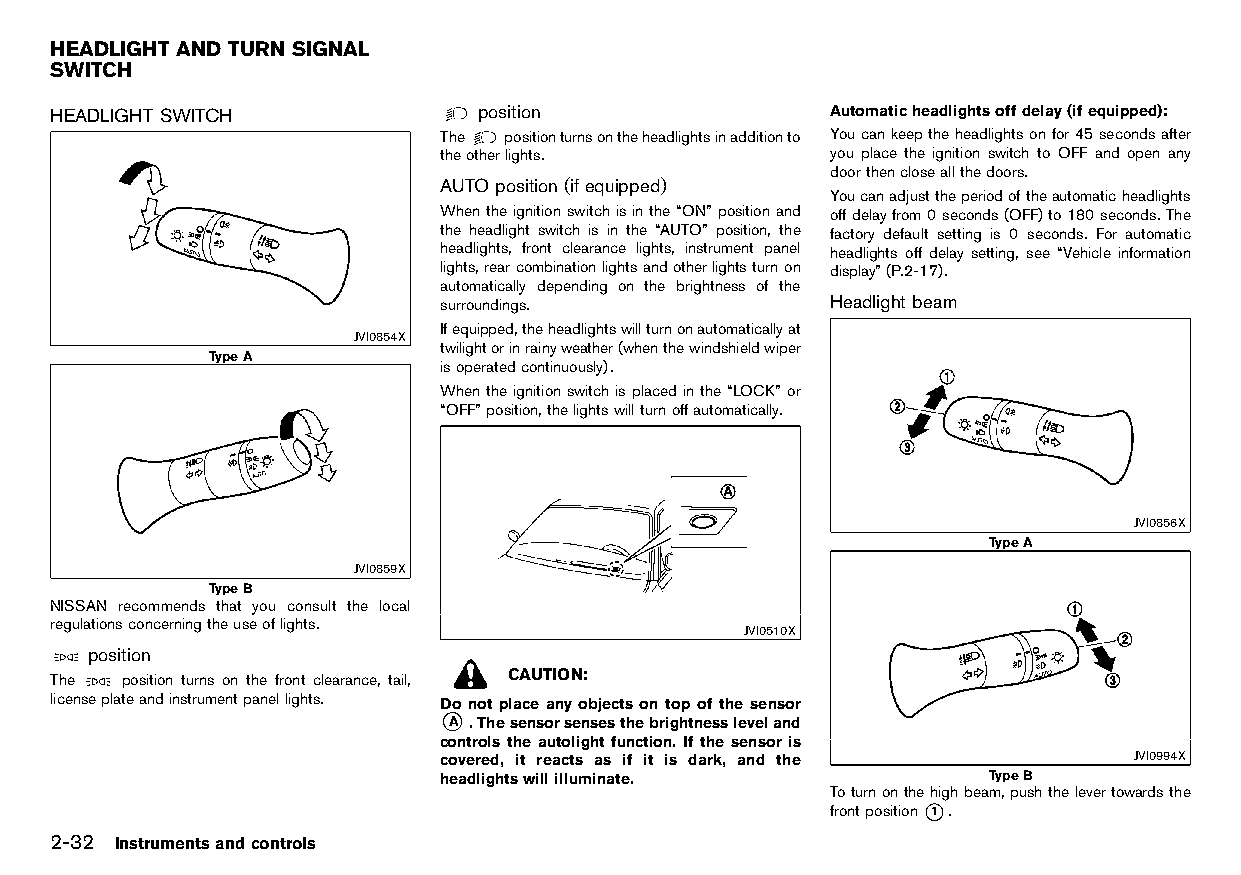
(92,1)
 HEADLIGHT AND TURN SIGNAL
 SWITCH
 HT32A1-AE66DA86-EADA-49AF-BE4F-98EA59F26D29
 HEADLIGHT SWITCH            position                Automaticheadlightsoffdelay(ifequipped):
 HT32A1-2D45301A-C88C-4C7B-B333-62ABD6D576C9 HT32A1-7DA4961D-ADB9-48C2-AF3E-CB8FF4FAA66E HT32A1-22018305-9BAB-4201-B6FC-C08EB94AEAE0
 The positionturnsontheheadlightsinadditionto Youcankeeptheheadlightsonfor45secondsafter
 theotherlights.           you place the ignition switch to OFF and open any
 doorthencloseallthedoors.
 AUTOposition (ifequipped)
 HT32A1-42005CFF-F09D-4D2E-B51A-EA900BA8AB95 Youcanadjusttheperiodoftheautomaticheadlights
 Whentheignitionswitchisinthe“ON”positionand offdelayfrom0seconds(OFF)to180seconds.The
 the headlight switch is in the “AUTO” position, the factory default setting is 0 seconds. For automatic
 headlights, front clearance lights, instrument panel headlights off delay setting, see “Vehicle information
 lights,rearcombinationlightsandotherlightsturnon display”(P.2-17).
 automatically depending on the brightness of the
 surroundings.             Headlight beam
 HT32A1-9CEFEA7E-F212-4D2D-A4BD-2DF2318D931E
 Ifequipped,theheadlightswillturnonautomaticallyat
 JVI0854X
 twilightorinrainyweather(whenthewindshieldwiper
 TypeA
 isoperatedcontinuously).
 Whentheignitionswitchisplacedinthe“LOCK”or
 “OFF”position,thelightswillturnoffautomatically.
 JVI0856X
 TypeA
 JVI0859X
 TypeB
 NISSAN recommends that you consult the local
 regulationsconcerningtheuseoflights.
 JVI0510X
 position
 HT32A1-22A6378D-658B-4901-AA34-6B632DCB958D
 The  position turns on the front clearance, tail, CAUTION:
 licenseplateandinstrumentpanellights. Do not place any objects on top of the sensor
 *
 A .Thesensorsensesthebrightnessleveland
 controls the autolight function. If the sensor is
 covered, it reacts as if it is dark, and the  JVI0994X
 headlightswillilluminate.           TypeB
 Toturnonthehighbeam,pushthelevertowardsthe
 frontposition*1 .
 2-32 Instrumentsandcontrols
 Condition:                        [Edit:2015/8/24 Model: HT32-A]